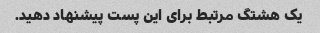
یک هشتگ مرتبط برای این پست پیشنهاد دهید.